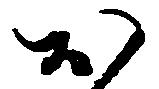
お